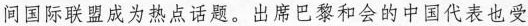
间国际联盟成为热点话题。出席巴黎和会的中国代表也受